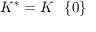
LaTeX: K ^ { * } = K \setminus \{ 0 \}